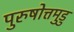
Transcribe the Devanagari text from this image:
पुरुषोत्तमुडु